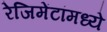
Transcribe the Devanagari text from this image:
रेजिमेंटांमध्ये